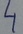
Text: 4